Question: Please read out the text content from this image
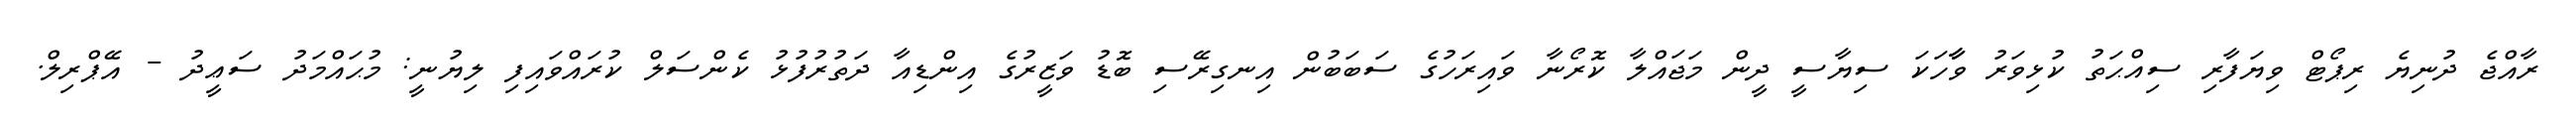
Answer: ރާއްޖެ ދުނިޔެ ރިޕޯޓް ވިޔަފާރި ސިއްޙަތު ކުޅިވަރު ވާާހަކަ ސިޔާސީ ދީން މަޖައްލާ ކޮރޯނާ ވައިރަހުގެ ސަބަބުން އިނގިރޭސި ބޮޑު ވަޒީރުގެ އިންޑިއާ ދަތުރުފުޅު ކެންސަލް ކުރައްވައިފި ލިޔުނީ: މުޙައްމަދު ސަޢީދު - އޭޕްރިލް.